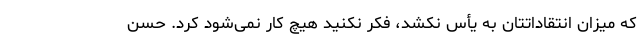
که میزان انتقاداتتان به یأس نکشد، فکر نکنید هیچ کار نمی‌شود کرد. حسن